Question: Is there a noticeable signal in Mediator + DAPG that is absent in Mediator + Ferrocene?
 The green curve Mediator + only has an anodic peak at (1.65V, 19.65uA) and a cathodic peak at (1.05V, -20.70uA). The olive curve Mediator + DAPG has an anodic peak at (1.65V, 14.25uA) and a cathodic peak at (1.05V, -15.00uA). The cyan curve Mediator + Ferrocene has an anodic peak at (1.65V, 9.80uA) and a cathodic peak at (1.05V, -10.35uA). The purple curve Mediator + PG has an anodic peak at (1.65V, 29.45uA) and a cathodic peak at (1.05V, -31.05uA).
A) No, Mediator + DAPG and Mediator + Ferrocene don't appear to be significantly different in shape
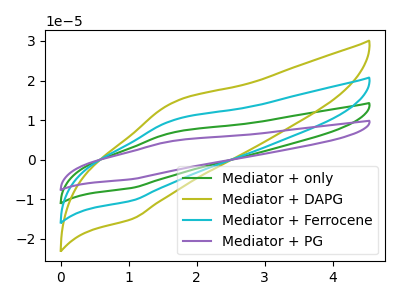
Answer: <think>All the peaks in "Mediator + DAPG" have a peak in "Mediator + Ferrocene" at the same potential. Every peak in "Mediator + DAPG" is higher than every peak in "Mediator + Ferrocene".
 </think>
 <answer>A) No, "Mediator + DAPG" and "Mediator + Ferrocene" don't appear to be significantly different in shape</answer>
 <eval>A</eval>